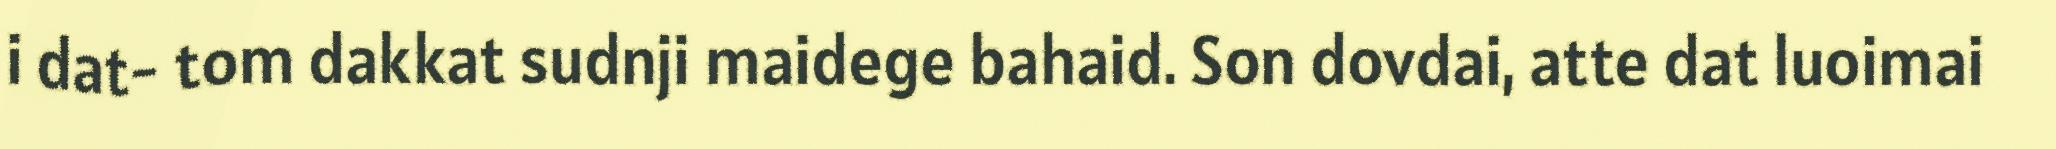
i dat- tom dakkat sudnji maidege bahaid. Son dovdai, atte dat luoimai